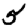
Digit: 5